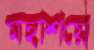
মহাশয়ে